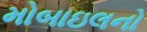
મોબાઇલનો